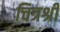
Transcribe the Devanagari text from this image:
चित्रश्री